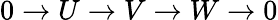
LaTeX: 0\to U\to V\to W\to 0